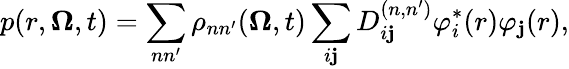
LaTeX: p(r,\boldsymbol{\Omega},t)=\sum_{nn^{\prime}}\rho_{nn^{\prime}}(\boldsymbol{\Omega},t)\sum_{i\mathbf{j}}D_{i\mathbf{j}}^{(n,n^{\prime})}\varphi_{i}^{*}(r)\varphi_{\mathbf{j}}(r),